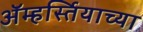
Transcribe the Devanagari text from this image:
ॲम्हर्स्तियाच्या